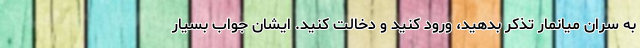
به سران میانمار تذکر بدهید، ورود کنید و دخالت کنید. ایشان جواب بسیار